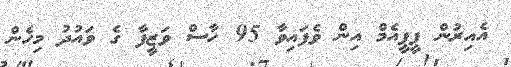
އެއިރުން ޕީޕީއެމް އިން ވެފައިވާ 95 ހާސް ވަޒީފާ ގެ ވައުދު މިހެން